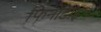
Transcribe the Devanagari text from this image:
फिनोटाइप